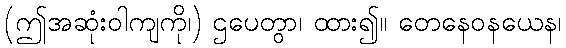
(ဤအဆုံးဝါကျကို၊) ဌပေတွာ၊ ထား၍။ တေနေဝနယေန၊